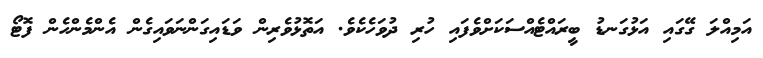
އަމިއްލަ ގޭގައި އަޅުގަނޑު ބީރައްޓެއްސަކަށްވެފައި ހުރި ދުވަހެކެވެ. އަތޮޅުވެރިން ވަޑައިގަންނަވައިގެން އެންމެންހެން ފޮޓޯ